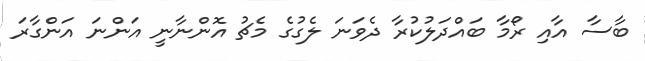
ބާސާ އާއި ރޯމާ ބައްދަލުކުރާ ދެވަނަ ލެގުގެ މެޗު އޮންނާނީ އަންނަ އަންގާރަ